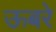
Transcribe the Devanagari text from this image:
ऊबरे